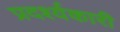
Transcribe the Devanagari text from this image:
प्रदर्श्यकारी